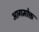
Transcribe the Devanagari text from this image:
आगमोक्त